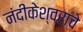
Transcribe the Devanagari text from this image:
नंदीकेश्वराचे